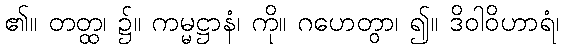
၏။ တတ္ထ၊ ၌။ ကမ္မဋ္ဌာနံ၊ ကို။ ဂဟေတွာ၊ ၍။ ဒိဝါဝိဟာရံ၊